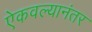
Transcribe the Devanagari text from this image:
ऐकवल्यानंतर